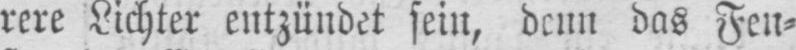
rere Lichter entzündet sein, denn das Fen⸗